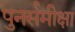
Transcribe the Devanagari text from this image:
पुनर्समीक्षा